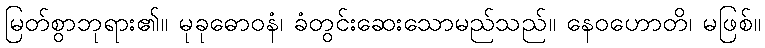
မြတ်စွာဘုရား၏။ မုခုဓောဝနံ၊ ခံတွင်းဆေးသောမည်သည်။ နေဝဟောတိ၊ မဖြစ်။